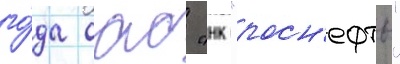
го́да оао "нк "росн'ефть"